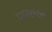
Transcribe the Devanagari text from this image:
ज़ाल्म